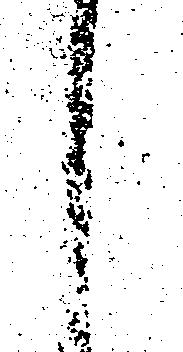
し